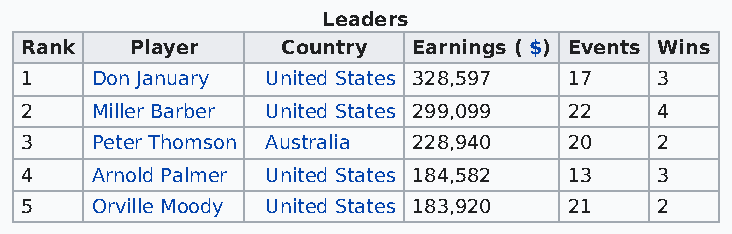
Leaders
 Rank    Player    Country Earnings ( $) Events Wins
 1    Don January United States 328,597 17 3
 2    Miller Barber United States 299,099 22 4
 3    Peter Thomson Australia 228,940 20   2
 4    Arnold Palmer United States 184,582 13 3
 5    Orville Moody United States 183,920 21 2